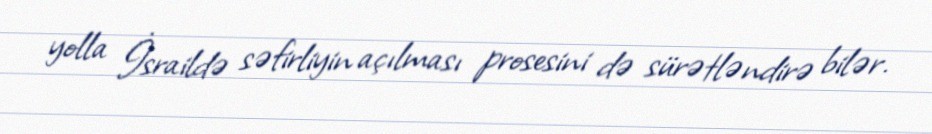
yolla İsraildə səfirliyin açılması prosesini də sürətləndirə bilər.